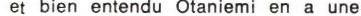
et bien entendu Otaniemi en a une